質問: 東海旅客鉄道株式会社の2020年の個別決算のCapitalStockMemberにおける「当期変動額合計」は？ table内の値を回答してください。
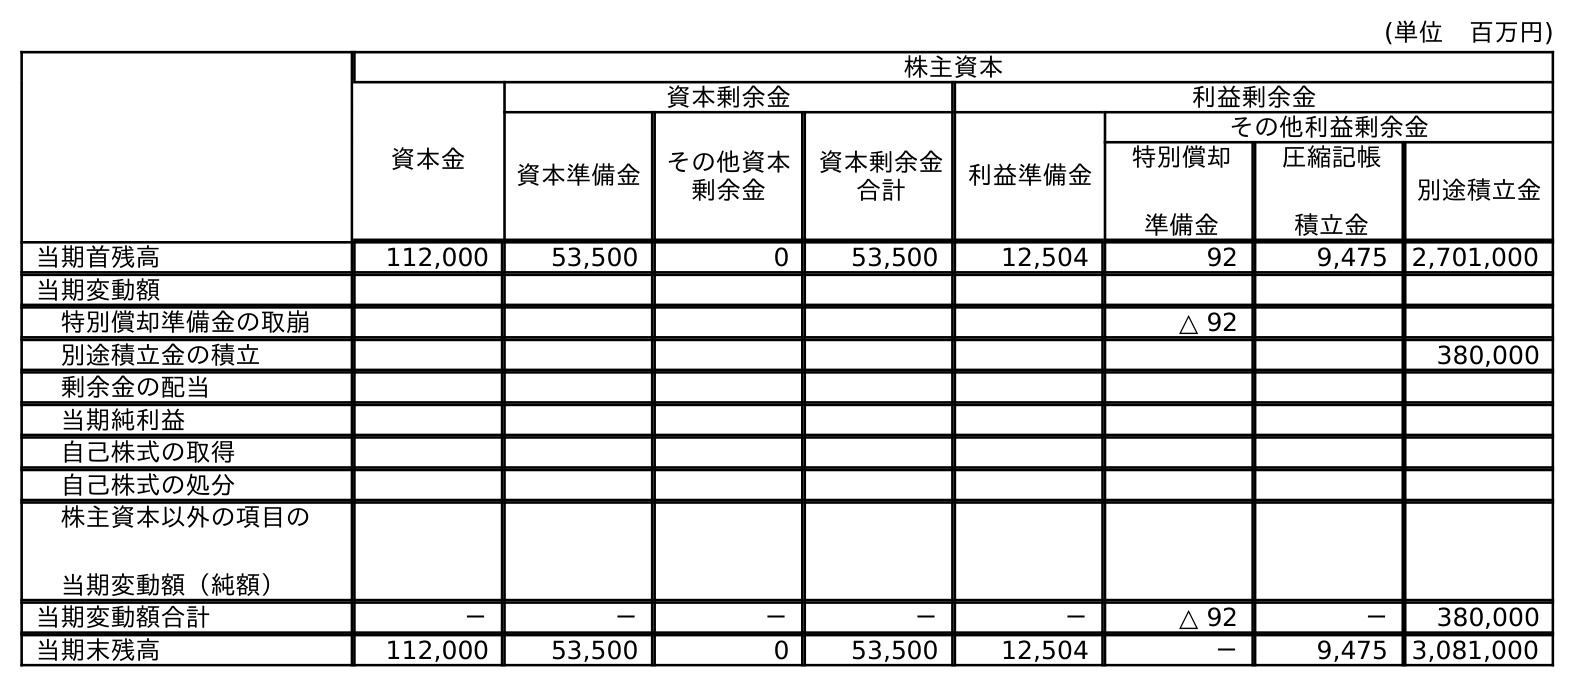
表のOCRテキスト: (単位 百万円) 株主資本 資本金 資本剰余金 利益剰余金 資本準備金 その他資本 剰余金 資本剰余金 合計 利益準備金 その他利益剰余金 特別償却 準備金 圧縮記帳 積立金 別途積立金 当期首残高 112,000 53,500 0 53,500 12,504 92 9,475 2,701,000 当期変動額 特別償却準備金の取崩 △ 92 別途積立金の積立 380,000 剰余金の配当 当期純利益 自己株式の取得 自己株式の処分 株主資本以外の項目の 当期変動額（純額） 当期変動額合計 － － － － － △ 92 － 380,000 当期末残高 112,000 53,500 0 53,500 12,504 － 9,475 3,081,000
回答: －